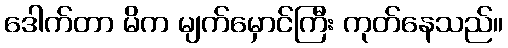
ဒေါက်တာ မိက မျက်မှောင်ကြီး ကုတ်နေသည်။